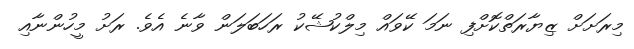
މިރަށަށް ޒިޔާރަތްކޮށްފި ނަމަ ކޭވައް މިލްކުޝޭކު ރަހަބަލަން ވާނެ އެވެ. ރަށު މީހުންނާއި